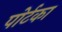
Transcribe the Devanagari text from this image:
पोर्टका